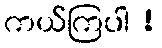
ကယ်ကြပါ !